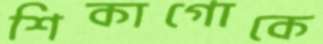
শিকাগোকে